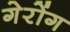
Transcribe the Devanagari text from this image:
गेरोंग